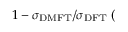
1 - \sigma _ { \mathrm { D M F T } } / \sigma _ { \mathrm { D F T } } ~ ( \